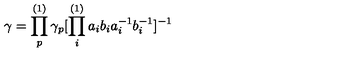
\gamma = \prod _ { p } ^ { ( 1 ) } \gamma _ { p } [ \prod _ { i } ^ { ( 1 ) } a _ { i } b _ { i } a _ { i } ^ { - 1 } b _ { i } ^ { - 1 } ] ^ { - 1 }